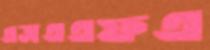
এসএএফএ